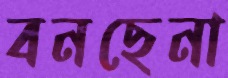
বনছেনা